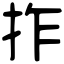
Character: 拃